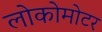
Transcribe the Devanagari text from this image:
लोकोमोटर